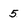
Character: 5